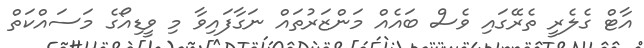
އާޓް ގެލެރީ ތެރޭގައި ވެސް ބައެއް މަންޒަރުތައް ނަގާފައިވާ މި ވީޑިއޯގެ މަސައްކަތް